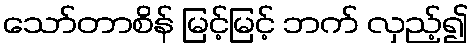
သော်တာစိန် မြင့်မြင့် ဘက် လှည့်၍